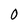
Character: 0